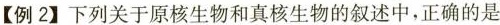
【例2】下列关于原核生物和真核生物的叙述中，正确的是